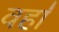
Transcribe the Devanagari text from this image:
वहा॑